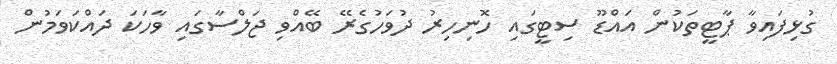
ގުޅިފައިވާ ޕާޓީތަކުން އައްޑޫ ސިޓީގައި ހޮނިހިރު ދުވަހުގެރޭ ބޭއްވި ޖަލްސާގައި ވާހަކަ ދައްކަވަމުން